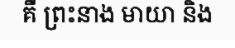
គឺ ព្រះនាង មាយា និង